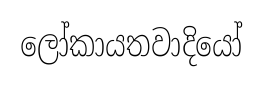
ලෝකායතවාදියෝ